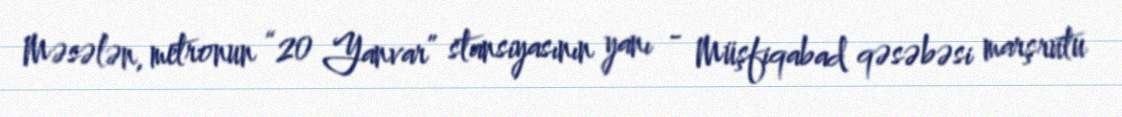
Məsələn, metronun “20 Yanvar” stansiyasının yanı - Müşfiqabad qəsəbəsi marşrutu